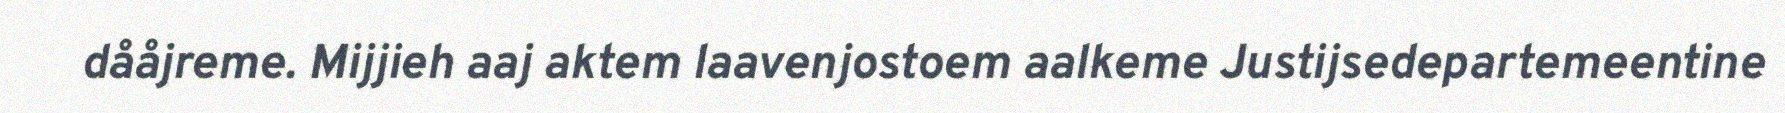
dååjreme. Mijjieh aaj aktem laavenjostoem aalkeme Justijsedepartemeentine